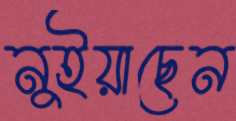
নুইয়াছেন